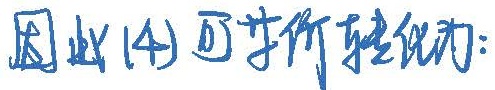
因此(4)可等价转化为：